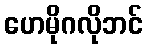
ဟေမိုဂလိုဘင်